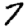
Digit: 7